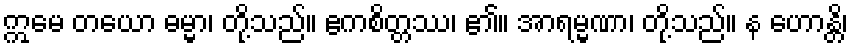
ဣမေ တယော ဓမ္မာ၊ တို့သည်။ ဧကစိတ္တဿ၊ ၏။ အာရမ္မဏာ၊ တို့သည်။ န ဟောန္တိ၊